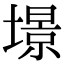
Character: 𡐹